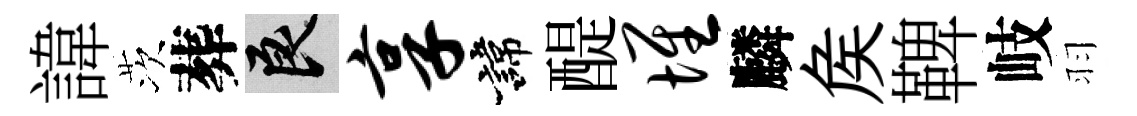
諱茨葬良享諱醍堆麟矦鞞岐羽